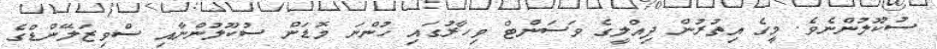
ސުކޫލުންނެވެ. މީގެ އިތުރުން ދިއްލީގެ ވަސަންޓް ވިހާރުގައި ހުންނަ މޮޑަން ސުކޫލުންނާއި ސްވިޒަލޭންޑްގެ